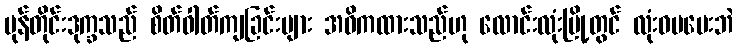
မုန်တိုင်းဒုက္ခသည် စိတ်ဓါတ်ကျခြင်းများ အဓိကထားသည်ဟု လောင်းလုံးမြို့တွင် လုံးဝမပေးဘဲ